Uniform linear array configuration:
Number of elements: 32
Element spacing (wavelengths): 0.5
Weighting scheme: hann
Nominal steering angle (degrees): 45
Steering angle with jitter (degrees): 44.403
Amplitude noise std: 0.05
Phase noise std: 0.05

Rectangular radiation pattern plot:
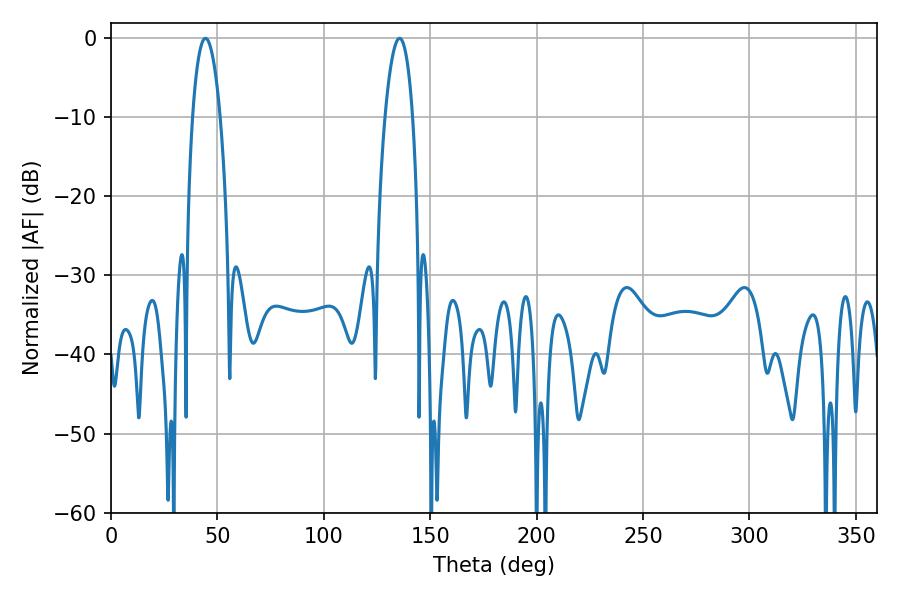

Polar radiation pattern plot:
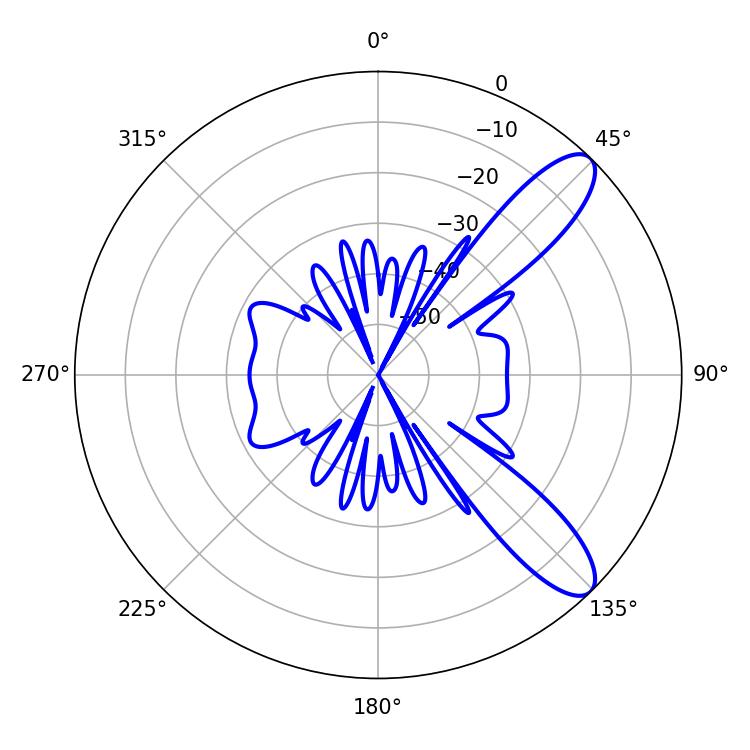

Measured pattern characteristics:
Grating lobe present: FALSE
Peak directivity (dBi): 10.238
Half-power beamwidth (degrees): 7.2
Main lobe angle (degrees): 44.46